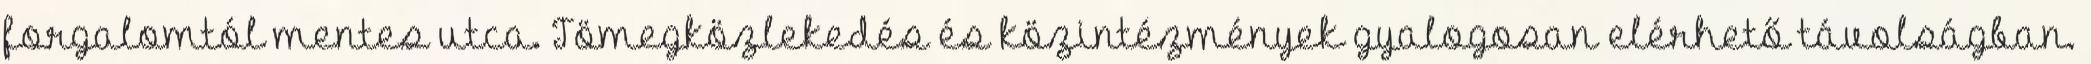
forgalomtól mentes utca. Tömegközlekedés és közintézmények gyalogosan elérhető távolságban.